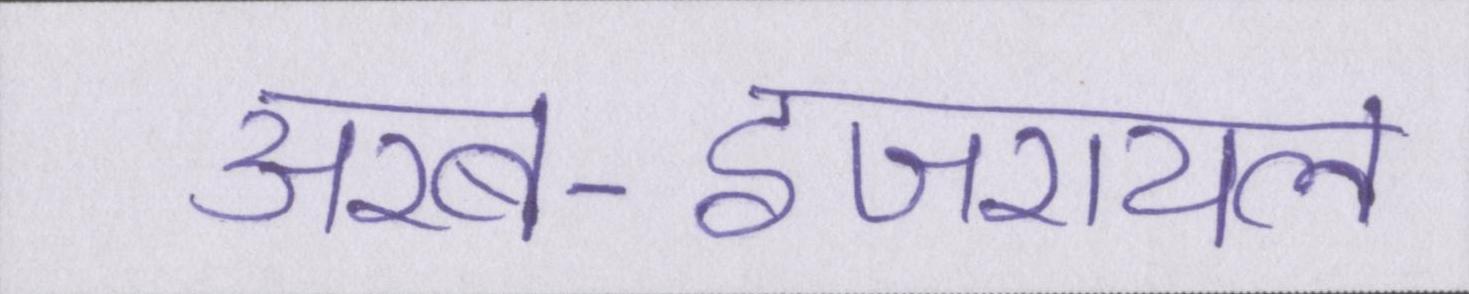
अरब-इजरायल